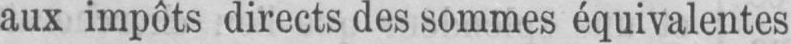
aux impôts directs des sommes équivalentes